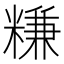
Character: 𥻧